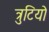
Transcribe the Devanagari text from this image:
त्रुटियो